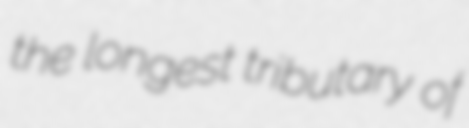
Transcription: the longest tributary of